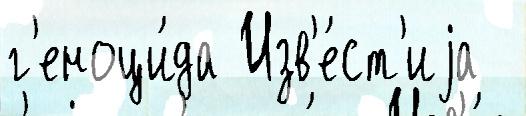
г'еноци́да Изв'е́ст'иjа